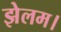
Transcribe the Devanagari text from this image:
झेलम।